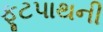
ફૂટપાથની